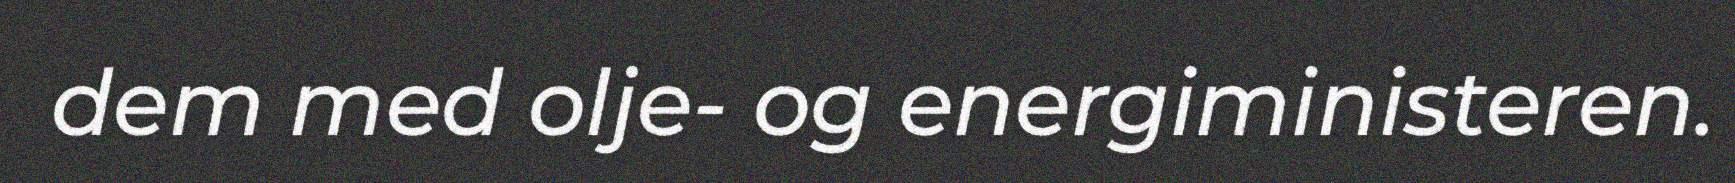
dem med olje- og energiministeren.